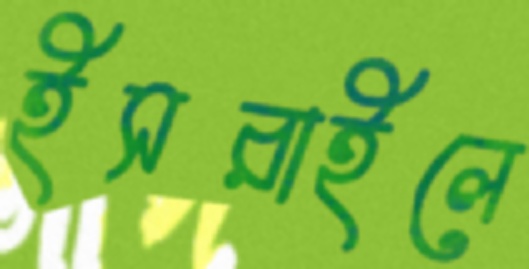
ইসরাইলে